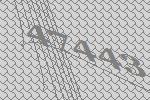
47443